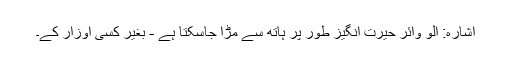
اشارہ: الو وائر حیرت انگیز طور پر ہاتھ سے مڑا جاسکتا ہے - بغیر کسی اوزار کے۔